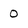
Character: 0